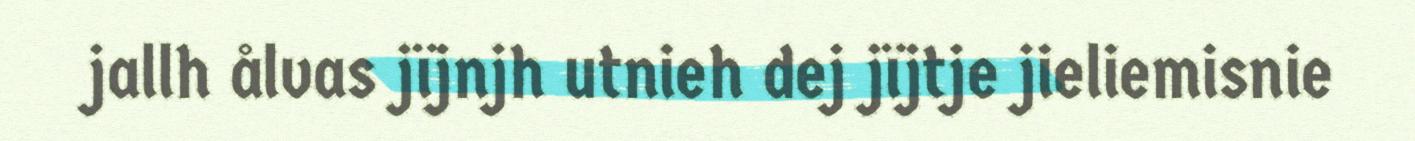
jallh ålvas jïjnjh utnieh dej jïjtje jieliemisnie